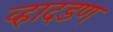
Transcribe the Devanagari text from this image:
व्हादडण